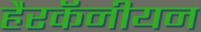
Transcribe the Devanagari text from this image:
हैरकॅनीयन